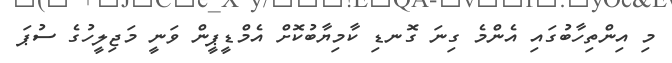
މި އިންތިހާބުގައި އެންމެ ގިނަ ގޮނޑި ކާމިޔާބުކޮށް އެމްޑީޕީން ވަނީ މަޖިލީހުގެ ސުޕަ